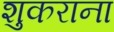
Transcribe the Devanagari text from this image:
शुकराना